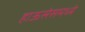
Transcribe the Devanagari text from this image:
हाऊसेसमध्ये